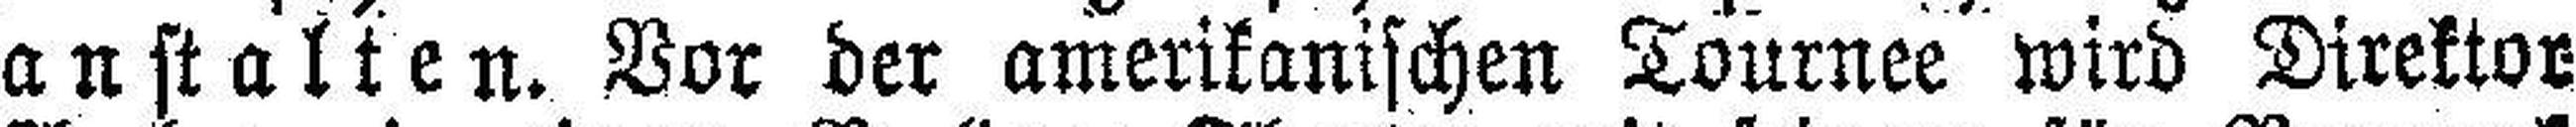
anstalten. Vor der amerikanischen Tournee wird Direktor